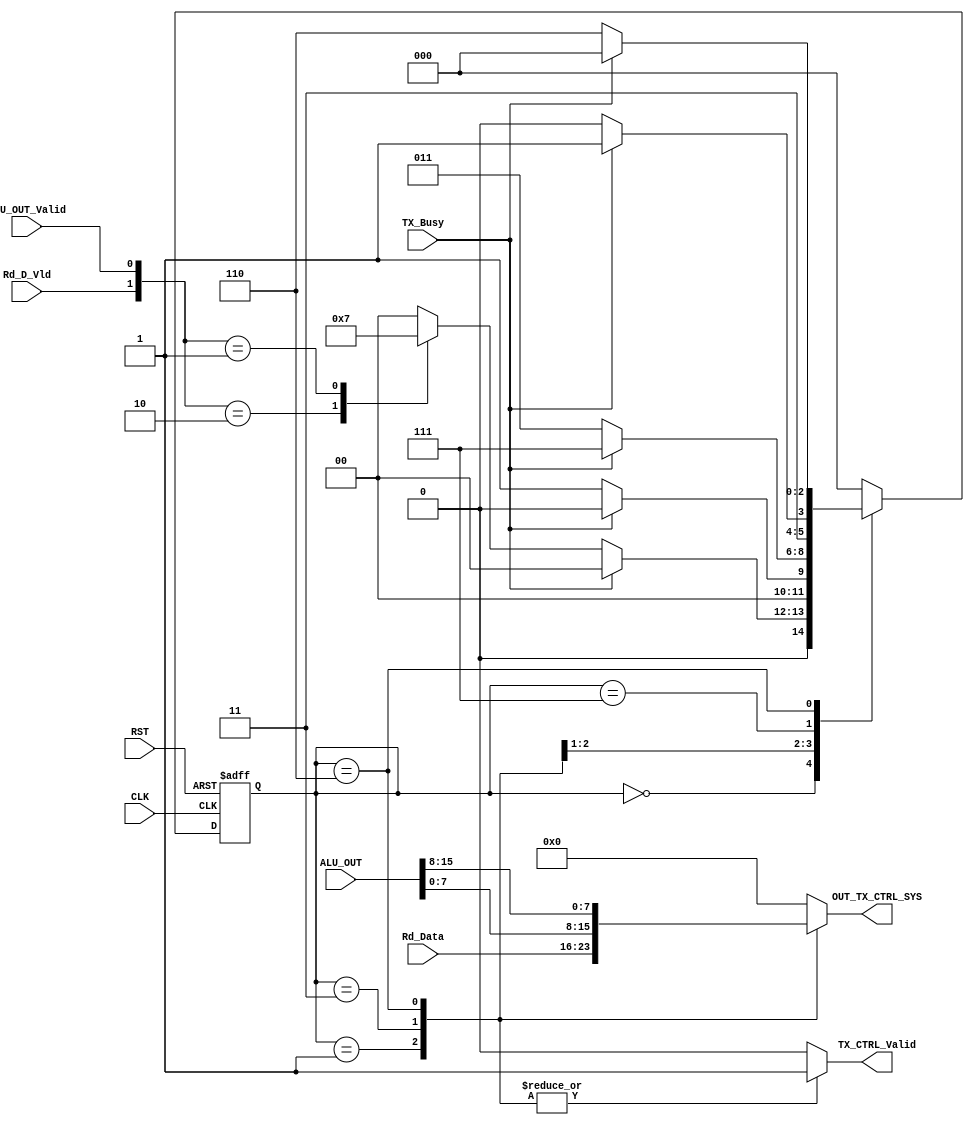
module TX_CTRL_SYS #(parameter DATA_WIDTH=8,
                               ALU_OUT_WIDTH=16       )
     (  
       input   wire                            CLK,
       input   wire                            RST,

       input   wire                            Rd_D_Vld,
       input   wire     [DATA_WIDTH-1:0]       Rd_Data,

       input   wire                            ALU_OUT_Valid, 
       input   wire     [ALU_OUT_WIDTH-1:0]    ALU_OUT,
       
       input   wire                            TX_Busy, 
      
       output  reg      [DATA_WIDTH-1:0]       OUT_TX_CTRL_SYS,    
       output  reg                             TX_CTRL_Valid
    );                                                                                                                             
                                                                                               
localparam IDLE           ='b000,
           RegF_TX        ='b001,
           ALU_TX_Packet1 ='b011,
           Wait           ='b111,
           ALU_TX_Packet2 ='b110; 

reg  [2:0]  current_state, next_state;
wire [1:0]  flag_valids;

assign flag_valids={Rd_D_Vld,ALU_OUT_Valid};

always @(posedge CLK or negedge RST )
  begin
    if(!RST)
      begin
        current_state<='b0;
      end
    else 
       begin
        current_state<=next_state;
       end 
  end


always@(*)
   begin
        OUT_TX_CTRL_SYS ='b0;   
        TX_CTRL_Valid   ='b0;

    case(current_state)
        IDLE    :begin
                   if(!TX_Busy)
                          begin
                 OUT_TX_CTRL_SYS ='b0;   
                 TX_CTRL_Valid   ='b0;

                   case (flag_valids)
                      'b10:begin
                            next_state=RegF_TX;
                          end

                      'b01:begin
                             next_state=ALU_TX_Packet1;
                          end
 
                      default:begin
                              next_state=IDLE;
                            end 
                      endcase 
                     end  

                   else
                      begin
                            next_state=IDLE;
                      end 
                   end                

        RegF_TX  :begin
                    OUT_TX_CTRL_SYS = Rd_Data;   
                    TX_CTRL_Valid   ='b1     ;       
                        if(TX_Busy)
                          begin
                            next_state=IDLE;
                          end
                        else 
                          begin
                            next_state=RegF_TX;
                          end
                     end 
       
        ALU_TX_Packet1:begin
                    OUT_TX_CTRL_SYS = ALU_OUT[DATA_WIDTH-1:0];   
                    TX_CTRL_Valid   ='b1     ;    
                         if(TX_Busy)
                          begin
                            next_state=Wait;
                          end
                        else 
                          begin
                            next_state=ALU_TX_Packet1;
                          end 
                     end
     
         Wait    :begin
                     if(TX_Busy)
                          begin
                            next_state=Wait;
                          end
                        else 
                          begin
                            next_state=ALU_TX_Packet2;
                          end 
                   end
        ALU_TX_Packet2: begin
                     OUT_TX_CTRL_SYS = ALU_OUT[ALU_OUT_WIDTH-1:DATA_WIDTH];   
                     TX_CTRL_Valid   ='b1     ;    
                         if(TX_Busy)
                          begin
                            next_state=IDLE;
                          end
                        else 
                          begin
                            next_state=ALU_TX_Packet2;
                          end 
                       end

       default         :begin
                     OUT_TX_CTRL_SYS ='b0;   
                     TX_CTRL_Valid   ='b0;    
                     next_state      =IDLE;   
                        end         
    endcase   
   end


endmodule